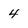
Character: 4